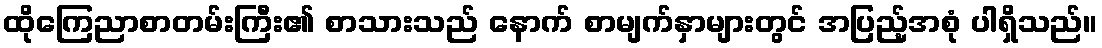
ထိုကြေညာစာတမ်းကြီး၏ စာသားသည် နောက် စာမျက်နှာများတွင် အပြည့်အစုံ ပါရှိသည်။